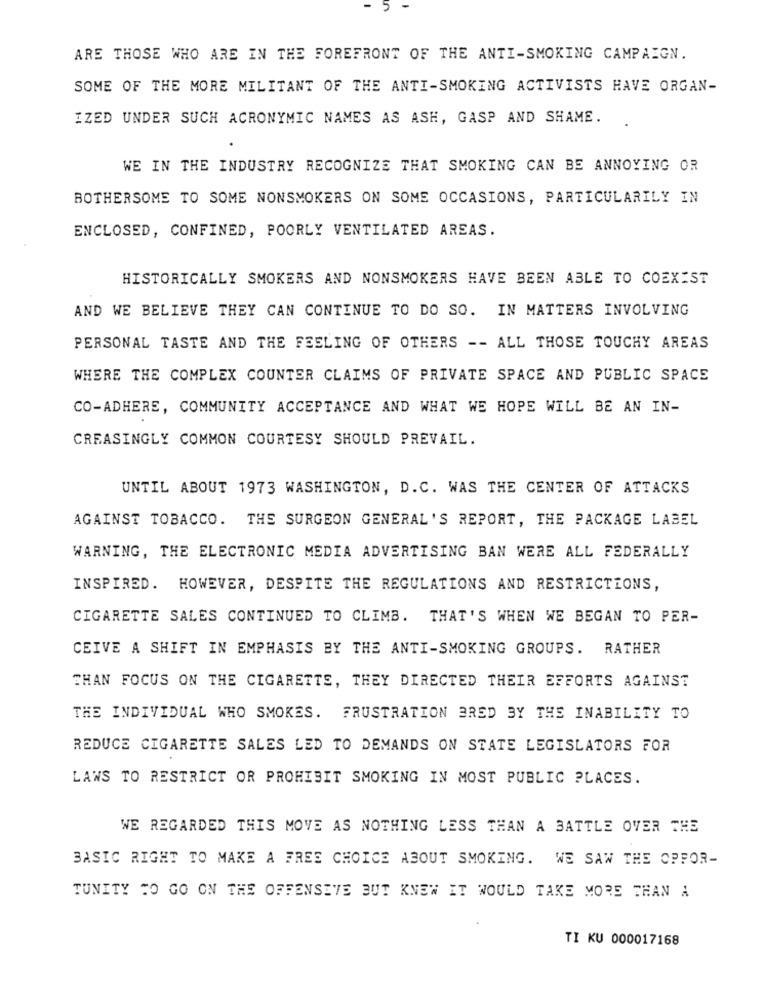
ARE THOSE WHO ARE IN THE FOREFRONT OF THE ANTI-SMOKING CAMPAIGN.
SOME OF THE MORE MILITANT OF THE ANTI-SMOKING ACTIVISTS HAVE ORGAN-
IZED UNDER SUCH ACRONYMIC NAMES AS ASH, GASP AND SHAME.
WE IN THE INDUSTRY RECOGNIZE THAT SMOKING CAN BE ANNOYING OR
BOTHERSOME TO SOME NONSMOKERS ON SOME OCCASIONS, PARTICULARILY IN
ENCLOSED, CONFINED, POORLY VENTILATED AREAS.
HISTORICALLY SMOKERS AND NONSMOKERS HAVE BEEN ABLE TO COEXIST
AND WE BELIEVE THEY CAN CONTINUE TO DO SO. IN MATTERS INVOLVING
PERSONAL TASTE AND THE FEELING OF OTHERS -- ALL THOSE TOUCHY AREAS
WHERE THE COMPLEX COUNTER CLAIMS OF PRIVATE SPACE AND PUBLIC SPACE
CO-ADHERE, COMMUNITY ACCEPTANCE AND WHAT WE HOPE WILL BE AN IN-
CREASINGLY COMMON COURTESY SHOULD PREVAIL.
UNTIL ABOUT 1973 WASHINGTON, D.C. WAS THE CENTER OF ATTACKS
AGAINST TOBACCO. THE SURGEON GENERAL'S REPORT, THE PACKAGE LABEL
WARNING, THE ELECTRONIC MEDIA ADVERTISING BAN WERE ALL FEDERALLY
INSPIRED. HOWEVER, DESPITE THE REGULATIONS AND RESTRICTIONS,
CIGARETTE SALES CONTINUED TO CLIMB. THAT'S WHEN WE BEGAN TO PER-
CEIVE A SHIFT IN EMPHASIS BY THE ANTI-SMOKING GROUPS. RATHER
THAN FOCUS ON THE CIGARETTE, THEY DIRECTED THEIR EFFORTS AGAINST
THE INDIVIDUAL WHO SMOKES. FRUSTRATION BRED BY THE INABILITY TO
REDUCE CIGARETTE SALES LED TO DEMANDS ON STATE LEGISLATORS FOR
LAWS TO RESTRICT OR PROHIBIT SMOKING IN MOST PUBLIC PLACES.
WE REGARDED THIS MOVE AS NOTHING LESS THAN A BATTLE OVER THE
BASIC RIGHT TO MAKE A FREE CHOICE ABOUT SMOKING. WE SAW THE OPFOR-
TUNITY TO GO ON THE OFFENSIVE BUT KNEW IT WOULD TAKE MORE THAN A
TI KU 000017168